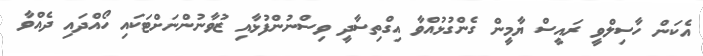
އެކަން ހާސިލްވީ ރައީސް ޔާމީން ގެންގުޅުއްވާ އިގްތިސާދީ ވިސްނުންފުޅާއި ޒުވާނުންނަށްޓަކައި ހޯއްދައި ދެއްވާ